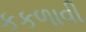
કકળાવી